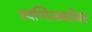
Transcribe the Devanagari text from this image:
स्वप्निलबरोबर